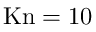
\mathrm { K n } = 1 0